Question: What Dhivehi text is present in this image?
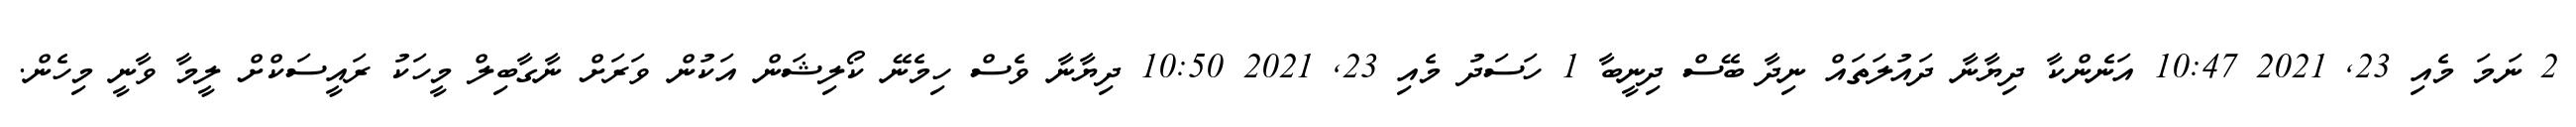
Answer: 2 ނަމަ މެއި 23, 2021 10:47 އަނެންކާ ދިޔާނާ ދައުލަތައް ނިދާ ބޭސް ދިނީބާ 1 ހަސަދު މެއި 23, 2021 10:50 ދިޔާނާ ވެސް ހިމެނޭ ކޯލިޝަން އަކުން ވަރަށް ނާގާބިލް މީހަކު ރައީސަކްށް ލީމާ ވާނީ މިހެން.